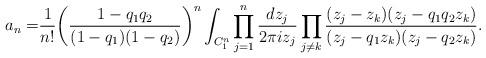
LaTeX: \begin{align*} a_n = & \frac{1}{n!} \bigg( \frac{1-q_1q_2}{(1-q_1)(1-q_2)} \bigg)^n \int_{C_1^n} \prod_{j=1}^n \frac{dz_j}{2\pi i z_j } \prod_{j \neq k} \frac{(z_j- z_k)(z_j - q_1q_2z_k)}{(z_j - q_1z_k)(z_j - q_2z_k)} . \end{align*}